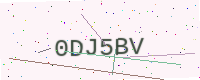
Text: 0DJ5BV